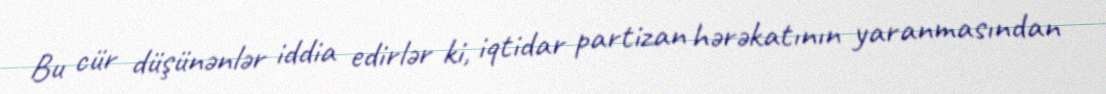
Bu cür düşünənlər iddia edirlər ki, iqtidar partizan hərəkatının yaranmasından